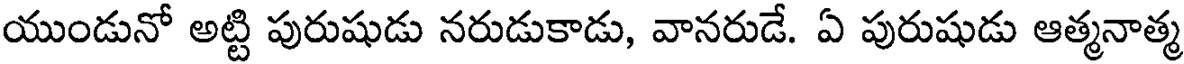
యుండునో అట్టి పురుషుడు నరుడుకాడు, వానరుడే. ఏ పురుషుడు ఆత్మనాత్మ